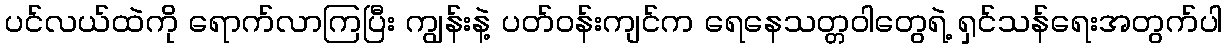
ပင်လယ်ထဲကို ရောက်လာကြပြီး ကျွန်းနဲ့ ပတ်ဝန်းကျင်က ရေနေသတ္တဝါတွေရဲ့ ရှင်သန်ရေးအတွက်ပါ